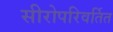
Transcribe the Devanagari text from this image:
सीरोपरिवर्तित